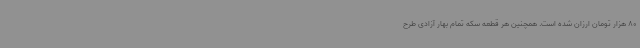
80 هزار تومان ارزان شده است. همچنین هر قطعه سکه تمام بهار آزادی طرح